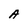
Character: A